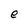
Character: e